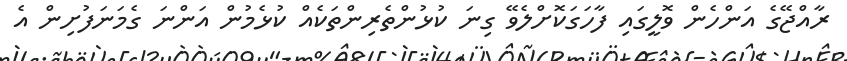
ރާއްޖޭގެ އަންހެން ވޮލީގައި ފާހަގަކޮށްލެވޭ ގިނަ ކުޅުންތެރިންތަކެއް ކުޅެމުން އަންނަ ގެމަނަފުށިން އެ